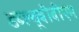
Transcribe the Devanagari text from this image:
डब्ल्यूबीबीएम